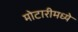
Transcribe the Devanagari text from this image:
मोटारीमध्ये